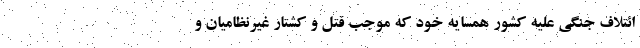
ائتلاف جنگی علیه کشور همسایه خود که موجب قتل و کشتار غیرنظامیان و